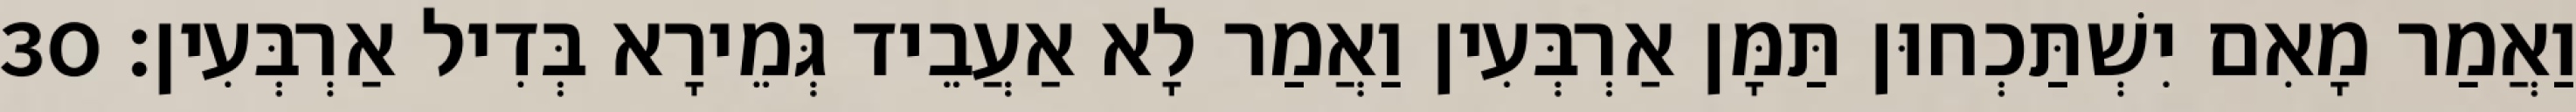
וַאֲמַר מָאִם יִשְׁתַּכְחוּן תַּמָּן אַרְבְּעִין וַאֲמַר לָא אַעֲבֵיד גְּמֵירָא בְּדִיל אַרְבְּעִין׃ 30